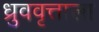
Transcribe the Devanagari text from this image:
ध्रुववृत्ताला